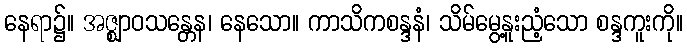
နေရာ၌။ အဇ္ဈာဝသန္တေန၊ နေသော။ ကာသိကစန္ဒနံ၊ သိမ်မွေ့နူးညံ့သော စန္ဒကူးကို။